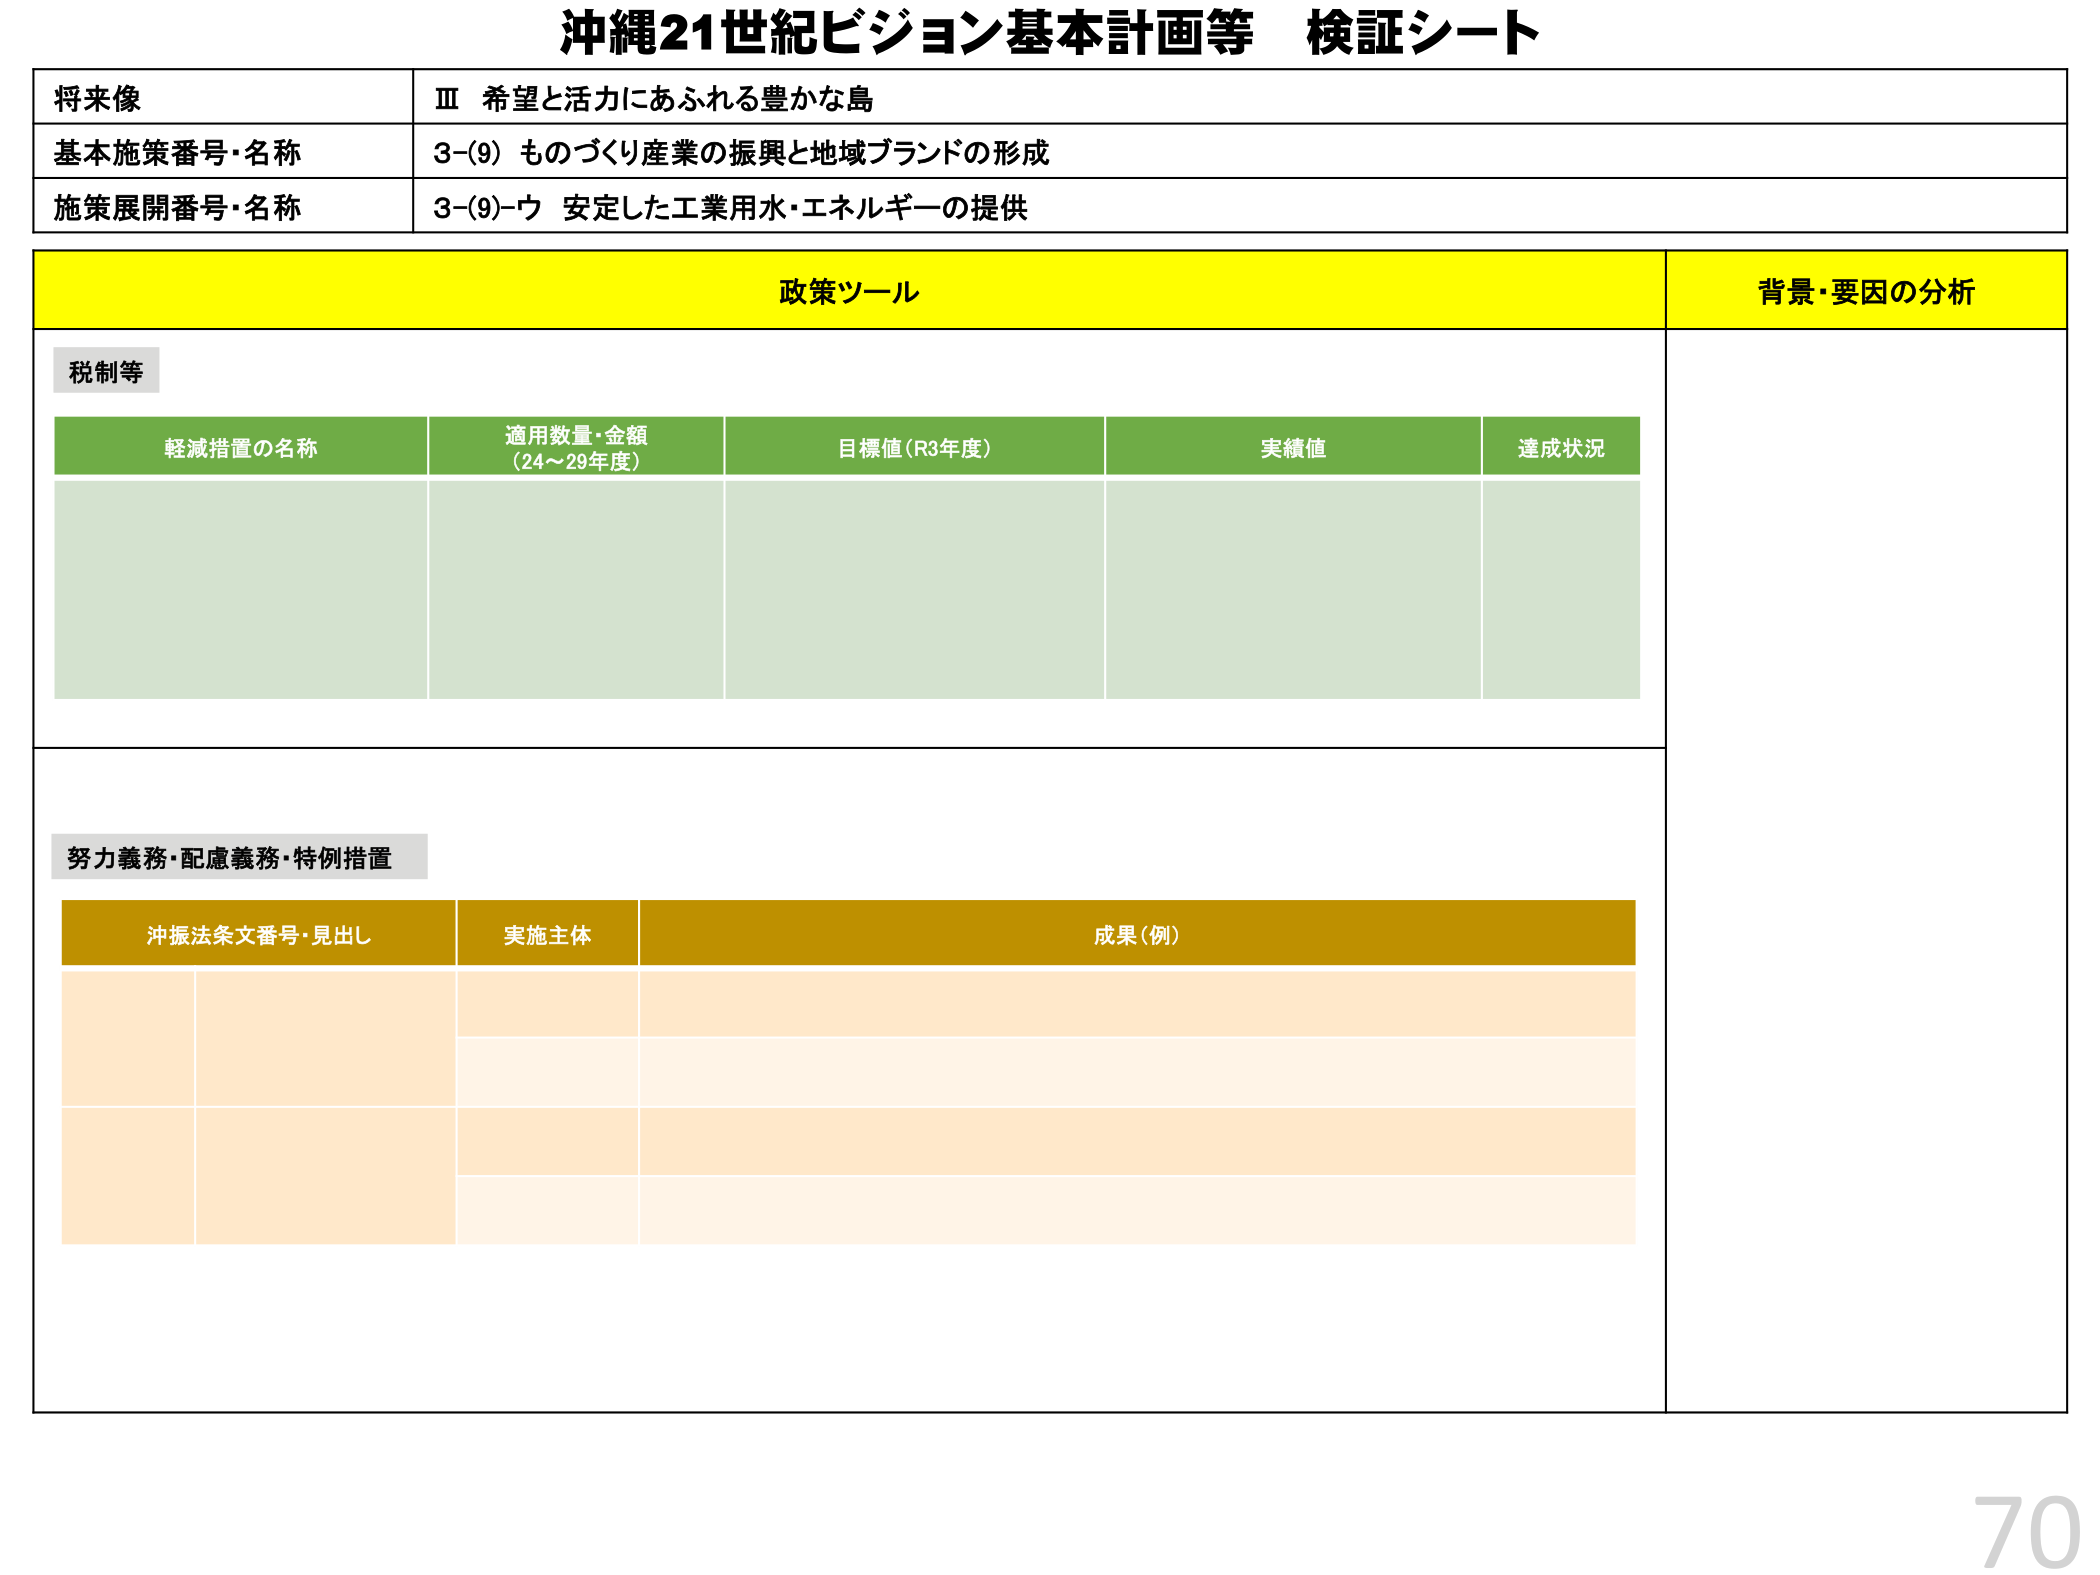
沖縄21世紀ビジョン基本計画等 検証シート

将来像
Ⅲ 希望と活力にあふれる豊かな島

基本施策番号・名称
3-(9) ものづくり産業の振興と地域ブランドの形成

施策展開番号・名称
3-(9)-ウ 安定した工業用水・エネルギーの提供

政策ツール
背景・要因の分析

税制等

軽減措置の名称
適用数量・金額
(24～29年度)
目標値(R3年度)
実績値
達成状況

努力義務・配慮義務・特例措置

沖振法条文番号・見出し
実施主体
成果(例)

70